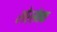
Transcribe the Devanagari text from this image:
शोरसेनक